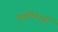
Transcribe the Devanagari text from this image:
अष्टदिग्गजों